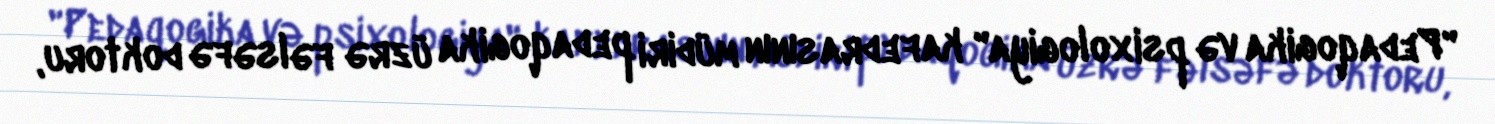
"Pedaqogika və psixologiya" kafedrasının müdiri pedaqogika üzrə fəlsəfə doktoru,